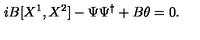
i B [ X ^ { 1 } , X ^ { 2 } ] - \Psi \Psi ^ { \dagger } + B \theta = 0 .